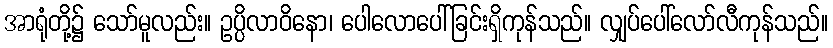
အာရုံတို့၌ သော်မူလည်း။ ဥပ္ပိလာဝိနော၊ ပေါလောပေါ်ခြင်းရှိကုန်သည်။ လျှပ်ပေါ်လော်လီကုန်သည်။